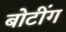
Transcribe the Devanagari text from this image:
बोटींग